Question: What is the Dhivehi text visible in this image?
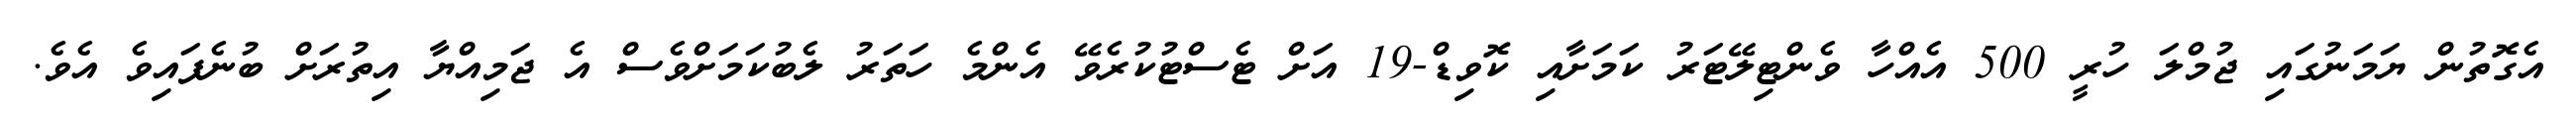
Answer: އެގޮތުން ޔަމަނުގައި ޖުމްލަ ހުރީ 500 އެއްހާ ވެންޓިލޭޓަރު ކަމަށާއި ކޮވިޑް-19 އަށް ޓެސްޓުކުރެވޭ އެންމެ ހަތަރު ލެބުކަމަށްވެސް އެ ޖަމިއްޔާ އިތުރަށް ބުނެފައިވެ އެވެ.